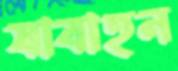
যাবাহন